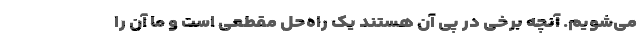
می‌شویم. آنچه برخی در پی آن هستند یک راه‌حل مقطعی است و ما آن را